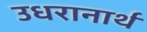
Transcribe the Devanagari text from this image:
उधरानार्थ